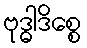
ဗုဒ္ဓါဒိစ္စေ